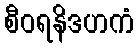
စီဝရနိဒဟကံ